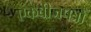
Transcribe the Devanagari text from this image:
एकबीजपत्रों